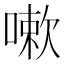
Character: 嗽